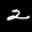
Label: 2